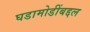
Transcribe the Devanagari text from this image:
घडामोडींबद्दल